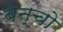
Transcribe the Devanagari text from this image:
बेन्चो